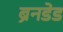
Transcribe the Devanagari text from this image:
ब्रेनडेड